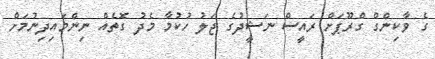
ގެ ވާކިންގް ގްރޫޕަށް ރައީސް ނަޝީދުގެ ޖަލު ހުކުމާ މެދު ގޮތެއް ނިންމައިދިނުމަށް